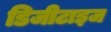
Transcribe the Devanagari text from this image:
डिजीटाइज